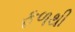
ફળથી